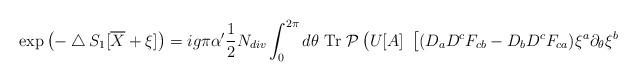
LaTeX: \begin{align*}\exp\left(-\bigtriangleup S_1[\overline X + \xi]\right) = ig\pi\alpha'\frac{1}{2}N_{div}\int_0^{2\pi} d\theta ~{\rm Tr}~{\cal P} \left( U[A] ~\left[(D_a D^c F_{cb} - D_b D^c F_{ca}) \xi^a \partial_{\theta} \xi^b\right.\right.\end{align*}